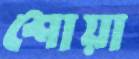
শোয়া